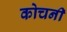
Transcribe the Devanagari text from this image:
कोचनी